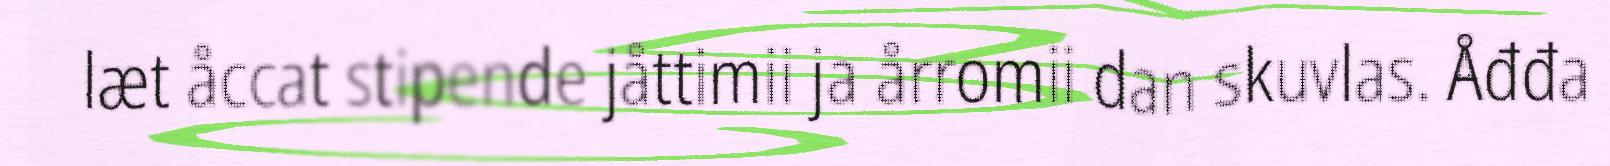
læt åccat stipende jåttimii ja årromii dan skuvlas. Åđđa